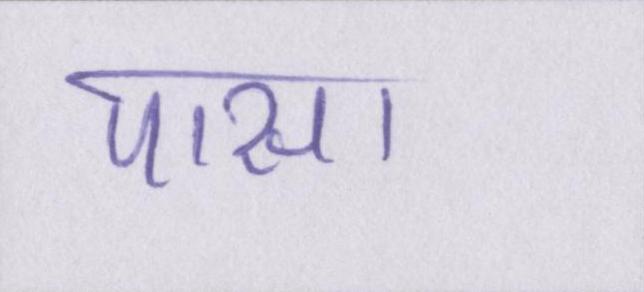
पास।